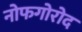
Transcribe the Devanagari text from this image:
नोफगोरोद